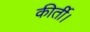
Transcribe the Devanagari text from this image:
कीर्ती।